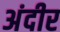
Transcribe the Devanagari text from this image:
अंदीर